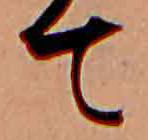
て